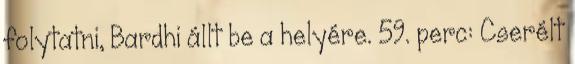
folytatni, Bardhi állt be a helyére. 59. perc: Cserélt